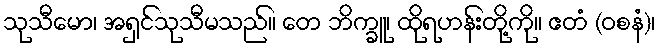
သုသီမော၊ အရှင်သုသီမသည်။ တေ ဘိက္ခူ၊ ထိုရဟန်းတို့ကို။ ဧတံ (ဝစနံ)၊